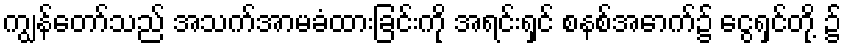
ကျွန်တော်သည် အသက်အာမခံထားခြင်းကို အရင်းရှင် စနစ်အောက်၌ ငွေရှင်တို့ ၌